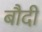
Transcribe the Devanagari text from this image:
बौदी